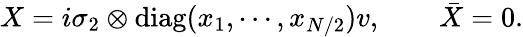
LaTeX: X=i\sigma_{2}\otimes\mathrm{diag}(x_{1},\cdots,x_{N/2})v,\qquad\bar{X}=0.